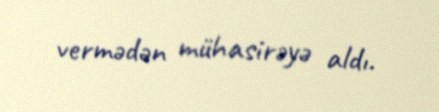
vermədən mühasirəyə aldı.